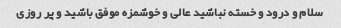
سلام و درود و خسته نباشید عالی و خوشمزه موفق باشید و پر روزی